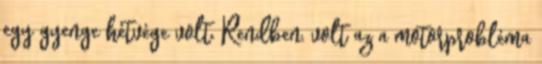
egy gyenge hétvége volt. Rendben, volt az a motorprobléma